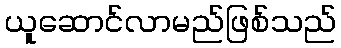
ယူဆောင်လာမည်ဖြစ်သည်